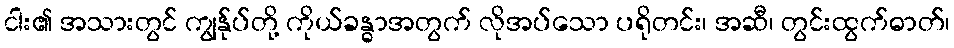
ငါး၏ အသားတွင် ကျွန်ုပ်တို့ ကိုယ်ခန္ဓာအတွက် လိုအပ်သော ပရိုတင်း၊ အဆီ၊ တွင်းထွက်ဓာတ်၊